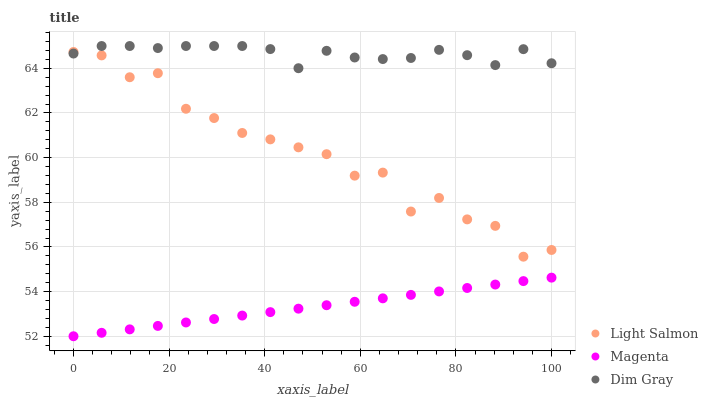
| xaxis_label | Light Salmon | Magenta | Dim Gray |
 | --- | --- | --- | --- |
 | 0 | 64.7 | 52 | 64.7 |
 | 5.88 | 64.6 | 52.2 | 65 |
 | 11.8 | 63.6 | 52.3 | 65 |
 | 17.6 | 63.8 | 52.5 | 64.9 |
 | 23.5 | 62.2 | 52.6 | 65 |
 | 29.4 | 61.8 | 52.8 | 65 |
 | 35.3 | 61.1 | 52.9 | 65 |
 | 41.2 | 60.8 | 53.1 | 64.9 |
 | 47.1 | 60.5 | 53.2 | 64 |
 | 52.9 | 60.2 | 53.4 | 64.8 |
 | 58.8 | 59.2 | 53.5 | 64.5 |
 | 64.7 | 59.3 | 53.7 | 64.4 |
 | 70.6 | 57.6 | 53.9 | 64.5 |
 | 76.5 | 58.2 | 54 | 64.8 |
 | 82.4 | 57.2 | 54.2 | 64.6 |
 | 88.2 | 56.9 | 54.3 | 64.1 |
 | 94.1 | 55.6 | 54.5 | 64.9 |
 | 100 | 55.9 | 54.6 | 64.2 |